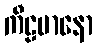
ကီဠမာနော